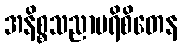
အနိစ္စသညာပရိစိတေန